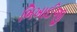
ભિખાઈજી